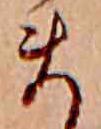
ま